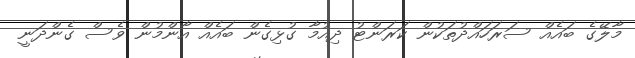
މާލޭގެ ބައެއް ސަރަހައްދުތަކުން ކަރަންޓު ދިއުމާ ގުޅިގެން ބައެއް އާންމުން ވެސް ގެންދަނީ